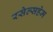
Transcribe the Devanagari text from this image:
रसेल्सहेम